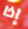
إذا